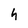
Character: h